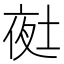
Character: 𭎲